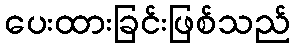
ပေးထားခြင်းဖြစ်သည်